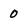
Character: 0